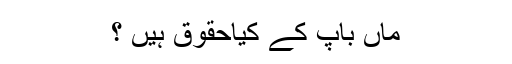
ماں باپ کے کیاحقوق ہیں ؟